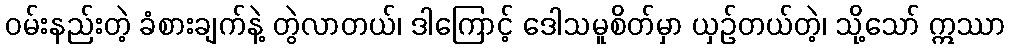
ဝမ်းနည်းတဲ့ ခံစားချက်နဲ့ တွဲလာတယ်၊ ဒါကြောင့် ဒေါသမူစိတ်မှာ ယှဉ်တယ်တဲ့၊ သို့သော် ဣဿာ